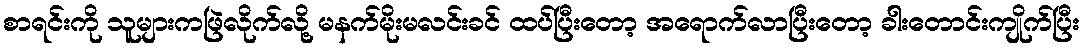
စာရင်းကို သူများကဖြဲလိုက်လို့ မနက်မိုးမလင်းခင် ထပ်ပြီးတော့ အရောက်လာပြီးတော့ ခါးတောင်းကျိုက်ပြီး